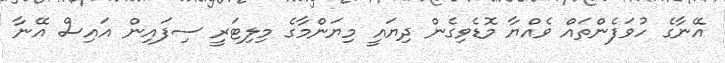
އޭނާގެ ހުވަފެންތައް ވެއްޔާ މޮޑެވިގެން ދިޔައީ މިޔަންމާގެ މިލިޓަރީ ސިފައިން އައިސް އޭނާ